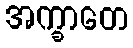
အက္ခာတေ